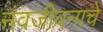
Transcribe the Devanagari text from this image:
नवजीवनाचे